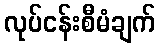
လုပ်ငန်းစီမံချက်